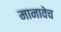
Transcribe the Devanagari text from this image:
मानावेच